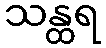
သန္ထရ